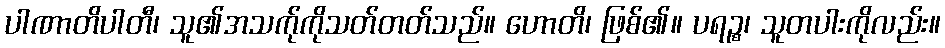
ပါဏာတိပါတီ၊ သူ၏အသက်ုကိုသတ်တတ်သည်။ ဟောတိ၊ ဖြစ်၏။ ပရဉ္စ၊ သူတပါးကိုလည်း။